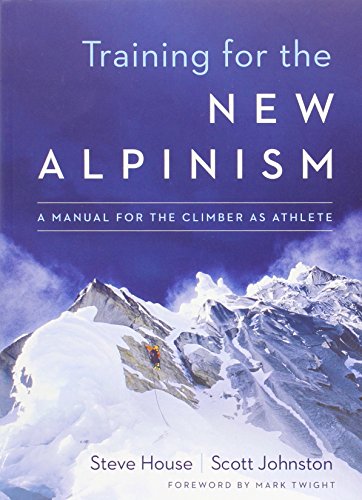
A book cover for Training for the New Alpinism: A Manual for the Climber as Athlete; Steve House; Health, Fitness & Dieting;